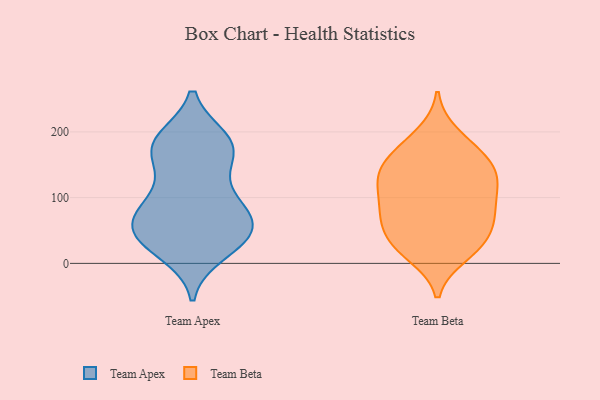
{"axis": {"x": "Budget (USD K)", "y": "Value"}, "legend": ["Team Apex", "Team Beta"], "data": [{"x": "", "y": 120, "type": "Team Apex"}, {"x": "", "y": 71, "type": "Team Apex"}, {"x": "", "y": 90, "type": "Team Apex"}, {"x": "", "y": 79, "type": "Team Apex"}, {"x": "", "y": 39, "type": "Team Apex"}, {"x": "", "y": 179, "type": "Team Apex"}, {"x": "", "y": 17, "type": "Team Apex"}, {"x": "", "y": 187, "type": "Team Apex"}, {"x": "", "y": 58, "type": "Team Apex"}, {"x": "", "y": 188, "type": "Team Apex"}, {"x": "", "y": 48, "type": "Team Apex"}, {"x": "", "y": 53, "type": "Team Apex"}, {"x": "", "y": 166, "type": "Team Apex"}, {"x": "", "y": 179, "type": "Team Apex"}, {"x": "", "y": 166, "type": "Team Apex"}, {"x": "", "y": 91, "type": "Team Apex"}, {"x": "", "y": 28, "type": "Team Apex"}, {"x": "", "y": 38, "type": "Team Apex"}, {"x": "", "y": 87, "type": "Team Beta"}, {"x": "", "y": 32, "type": "Team Beta"}, {"x": "", "y": 32, "type": "Team Beta"}, {"x": "", "y": 165, "type": "Team Beta"}, {"x": "", "y": 74, "type": "Team Beta"}, {"x": "", "y": 41, "type": "Team Beta"}, {"x": "", "y": 13, "type": "Team Beta"}, {"x": "", "y": 19, "type": "Team Beta"}, {"x": "", "y": 122, "type": "Team Beta"}, {"x": "", "y": 179, "type": "Team Beta"}, {"x": "", "y": 72, "type": "Team Beta"}, {"x": "", "y": 78, "type": "Team Beta"}, {"x": "", "y": 196, "type": "Team Beta"}, {"x": "", "y": 120, "type": "Team Beta"}, {"x": "", "y": 143, "type": "Team Beta"}, {"x": "", "y": 121, "type": "Team Beta"}, {"x": "", "y": 147, "type": "Team Beta"}, {"x": "", "y": 156, "type": "Team Beta"}, {"x": "", "y": 122, "type": "Team Beta"}, {"x": "", "y": 67, "type": "Team Beta"}]}